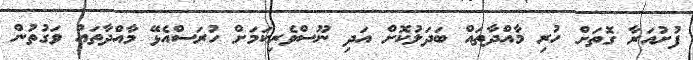
ފުށުއަރާ ގޮތަށް ހުރި މާއްދާތައް ބަދަލުކޮށް އަދި ނޫސްވެރިކަމަށް ހުރަސްއެޅޭ މާއްދާތައް ވަގުތުން